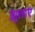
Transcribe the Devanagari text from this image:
झुलाए